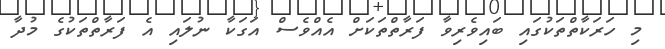
މި ހަރަކާތްތަކުގައި ބައިވެރިވާ ފަރާތްތަކަށް އެއްވެސް އަގަކާ ނުލައި އެ ފަރާތްތަކުގެ މުދާ